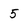
Character: 5